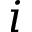
i